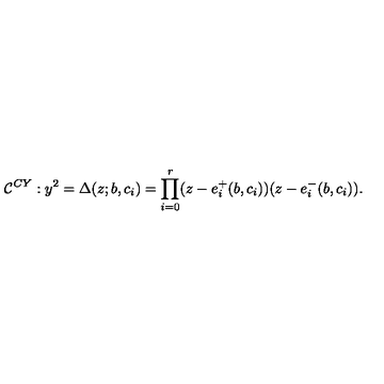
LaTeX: { \cal C } ^ { C Y } : y ^ { 2 } = \Delta ( z ; b , c _ { i } ) = \prod _ { i = 0 } ^ { r } ( z - e _ { i } ^ { + } ( b , c _ { i } ) ) ( z - e _ { i } ^ { - } ( b , c _ { i } ) ) .